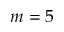
m = 5